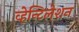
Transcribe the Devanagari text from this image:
व्हेन्टिलेशन